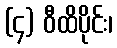
(၄) ဝီထိပိုင်း၊